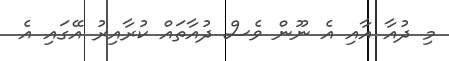
މި ދުއާ އާއި އެ ނޫން ވެސް ދުއާތައް ކުރާއިރު އޭގައި އެ